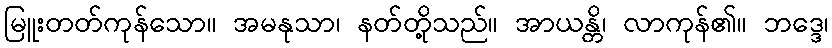
မြူးတတ်ကုန်သော။ အမနုသာ၊ နတ်တို့သည်။ အာယန္တိ၊ လာကုန်၏။ ဘဒ္ဒေ၊